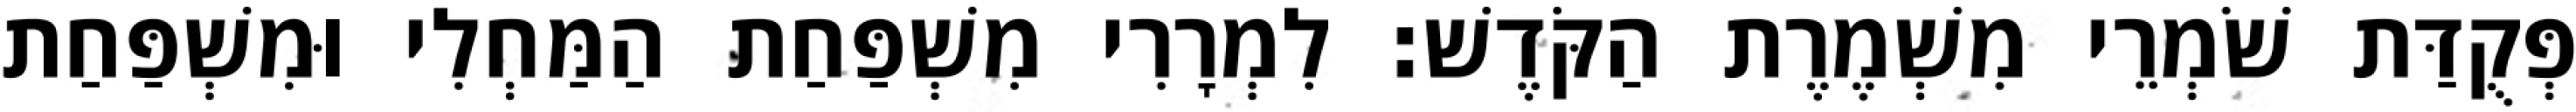
פְּקֻדַּת שֹׁמְרֵי מִשְׁמֶרֶת הַקֹּדֶשׁ׃ לִמְרָרִי מִשְׁפַּחַת הַמַּחְלִי וּמִשְׁפַּחַת